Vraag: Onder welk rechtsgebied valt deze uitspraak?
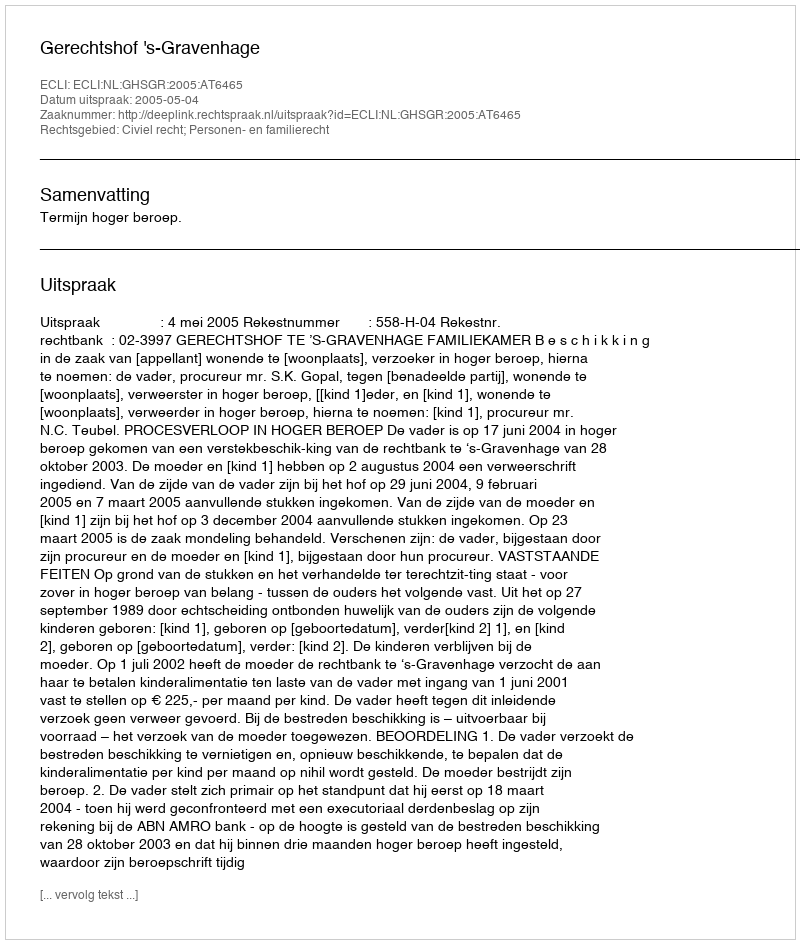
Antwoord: Civiel recht; Personen- en familierecht